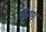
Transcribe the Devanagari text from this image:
चौग़ा